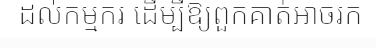
ដល់កម្មករ ដើម្បីឱ្យពួកគាត់អាចរក